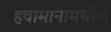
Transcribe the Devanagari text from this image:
हवामानामधील